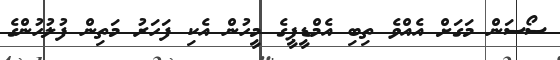
ސޯސަން މަގަށް އެއްވެ ތިބި އެމްޑީޕީގެ މީހުން އެކި ފަހަރު މަތިން ފުލުހުންގެ